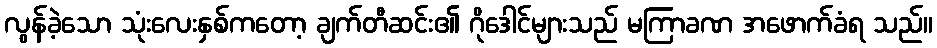
လွန်ခဲ့သော သုံးလေးနှစ်ကတော့ ချက်တီဆင်း၏ ဂိုဒေါင်များသည် မကြာခဏ အဖောက်ခံရ သည်။